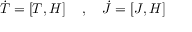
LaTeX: { \dot { T } } = \left[ T , H \right] \quad , \quad { \dot { J } } = \left[ J , H \right]